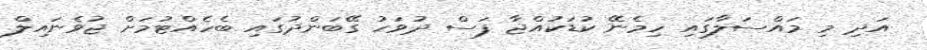
އަދި މި މައްސަލާގައި ހިމެނޭ ކުޑަކުއްޖާ ފަސް ދުވަހު ގޭބަންދުގައި ބެހެއްޓުމަށް ޖުވެނައިލް